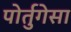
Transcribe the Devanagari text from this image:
पोर्तुगेसा